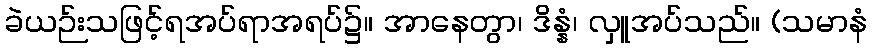
ခဲယဉ်းသဖြင့်ရအပ်ရာအရပ်၌။ အာနေတွာ၊ ဒိန္နံ၊ လှူအပ်သည်။ (သမာနံ